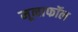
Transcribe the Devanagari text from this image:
मूनाफॉल